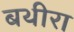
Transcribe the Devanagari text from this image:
बथीरा